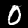
Label: 0